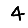
Digit: 4